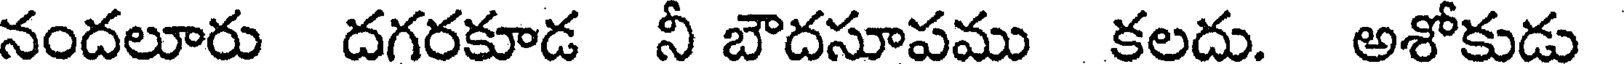
నందలూరు దగరకూడ నీ బౌదసూపము కలదు. అశోకుడు